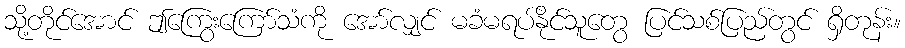
သို့တိုင်အောင် ဤကြွေးကြော်သံကို အော်လျှင် မခံမရပ်နိုင်သူတွေ ပြင်သစ်ပြည်တွင် ရှိတုန်း။